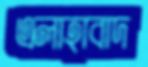
এলাহাবাদ